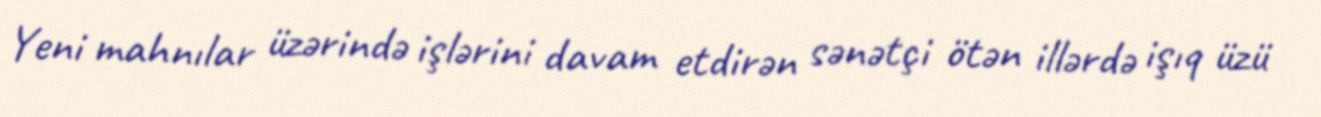
Yeni mahnılar üzərində işlərini davam etdirən sənətçi ötən illərdə işıq üzü